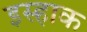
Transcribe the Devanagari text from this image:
इस्हाक